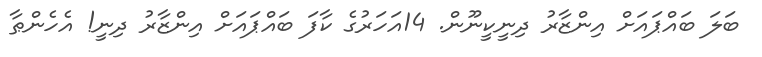
ބަލަ ބައްޕައަށް އިންޒާރު ދިނީކީނޫން. 14އަހަރުގެ ކާފަ ބައްޕައަށް އިންޒާރު ދިނީ! އެހެންޠާ